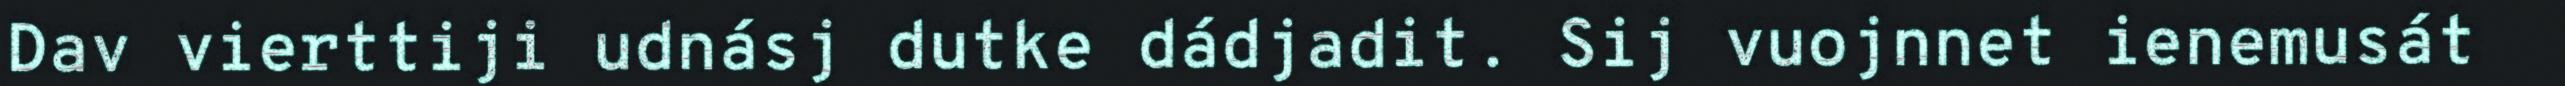
Dav vierttiji udnásj dutke dádjadit. Sij vuojnnet ienemusát